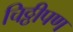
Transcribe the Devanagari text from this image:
चिठ्ठीपण